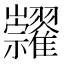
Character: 𥜺